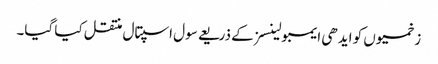
زخمیوں کو ایدھی ایمبولینسز کے ذریعے سول اسپتال منتقل کیا گیا۔